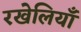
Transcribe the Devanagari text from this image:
रखेलियाँ